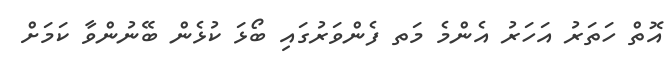
އޮތް ހަތަރު އަހަރު އެންމެ މަތ ފެންވަރުގައި ބޯޅަ ކުޅެން ބޭނުންވާ ކަމަށް